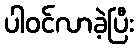
ပါဝင်လာခဲ့ပြီး